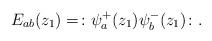
LaTeX: \begin{align*}E_{ab}(z_{1})=\colon\psi_{a}^{+}(z_{1})\psi_{b}^{-}(z_{1})\colon. \end{align*}